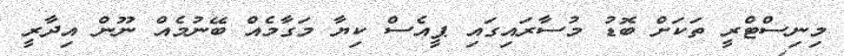
މިނިސްޓްރީ ތަކަށް ބޮޑު މުސާރައިގައި ޕީއެސް ކިޔާ މަގާމެއް ބޭނުމެއް ނޫން އިދާރީ